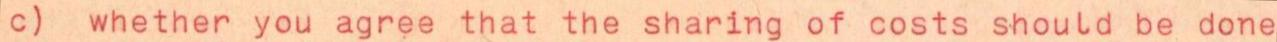
c) whether you agree that the sharing of costs should be done